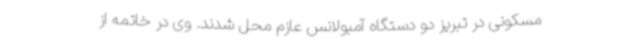
مسکونی در تبریز دو دستگاه آمبولانس عازم محل شدند. وی در خاتمه از